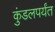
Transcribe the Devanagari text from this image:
कुंडलपर्यंत